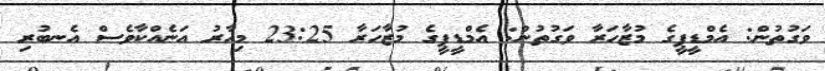
ވަގުތުން: އެމްޑީޕީގެ މުޒާހަރާ ވަގުތުން: އެމްޑީޕީގެ މުޒާހަރާ 23:25 މިހާރު އަނެއްކާވެސް އެނބުރި